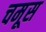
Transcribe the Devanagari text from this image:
चमूस